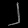
Digit: ၂